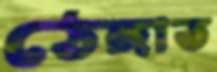
ঠেঙ্গাত